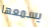
يسمعها